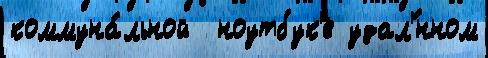
коммуна́льной  ноутбук'е удал'́нном